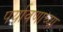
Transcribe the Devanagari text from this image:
पर्यावणाच्या